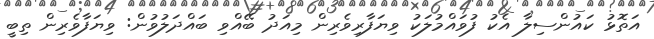
އަތޮޅު ކައުންސިލާ އެކު ފުވައްމުލަކު ވިޔަފާރިވެރިން މިއަދު ބޭއްވި ބައްދަލުވުން: ވިޔަފާވެރިން ތިބީ